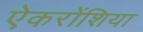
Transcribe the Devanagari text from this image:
ऐकरोंशिया